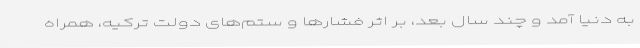
به دنیا آمد و چند سال‌ بعد، بر اثر فشارها و ستم‌های دولت ترکیه، همراه